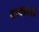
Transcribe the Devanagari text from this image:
वाक्यशास्त्र